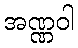
အဏ္ဏဝါ